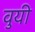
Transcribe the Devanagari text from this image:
वुयी